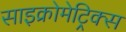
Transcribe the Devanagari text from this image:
साइक्रोमेट्रिक्स